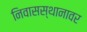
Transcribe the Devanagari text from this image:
निवासस्थानावर